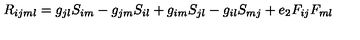
R _ { i j m l } = g _ { j l } S _ { i m } - g _ { j m } S _ { i l } + g _ { i m } S _ { j l } - g _ { i l } S _ { m j } + e _ { 2 } F _ { i j } F _ { m l }